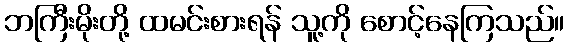
ဘကြီးမိုးတို့ ထမင်းစားရန် သူ့ကို စောင့်နေကြသည်။